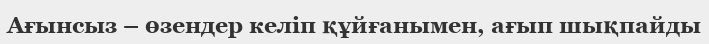
Ағынсыз – өзендер келіп құйғанымен, ағып шықпайды